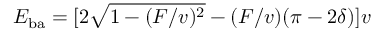
E _ { \mathrm { b a } } = [ 2 \sqrt { 1 - ( F / v ) ^ { 2 } } - ( F / v ) ( \pi - 2 \delta ) ] v